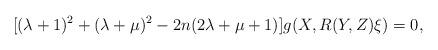
LaTeX: \begin{align*}[(\lambda+1)^2+(\lambda+\mu)^2-2n(2\lambda+\mu+1)]g(X,R(Y,Z)\xi)=0,\end{align*}